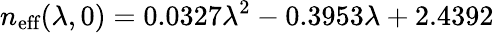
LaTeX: n_{\textrm{eff}}(\lambda,0)=0.0327\lambda^{2}-0.3953\lambda+2.4392